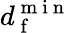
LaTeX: d_{\mathrm{~f~}}^{\mathrm{~m~i~n~}}